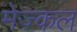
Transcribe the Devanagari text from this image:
मेज़्कल